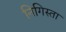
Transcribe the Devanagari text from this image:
निगिस्ता